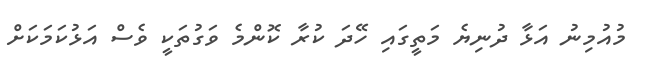
މުއުމިނު އަޅާ ދުނިޔެ މަތީގައި ހޭދަ ކުރާ ކޮންމެ ވަގުތަކީ ވެސް އަޅުކަމަކަށް